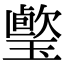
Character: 𤩤